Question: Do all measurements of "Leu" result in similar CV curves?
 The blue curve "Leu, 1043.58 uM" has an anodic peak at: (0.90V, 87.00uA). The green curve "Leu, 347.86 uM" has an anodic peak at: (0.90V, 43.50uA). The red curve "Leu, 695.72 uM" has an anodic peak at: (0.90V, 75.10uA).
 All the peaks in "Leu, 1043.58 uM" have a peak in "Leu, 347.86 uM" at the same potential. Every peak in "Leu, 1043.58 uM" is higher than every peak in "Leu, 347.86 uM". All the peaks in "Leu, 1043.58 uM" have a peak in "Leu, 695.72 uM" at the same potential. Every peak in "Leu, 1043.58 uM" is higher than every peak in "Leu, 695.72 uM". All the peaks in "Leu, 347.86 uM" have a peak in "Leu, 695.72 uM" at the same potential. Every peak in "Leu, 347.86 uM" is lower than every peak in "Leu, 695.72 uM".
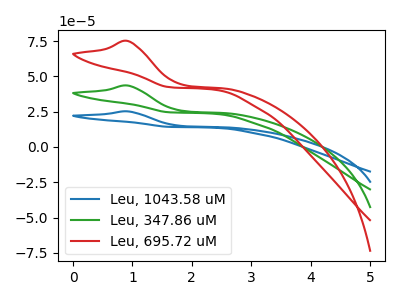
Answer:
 <answer>All the CV's of "Leu" have similar shape.</answer>
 <eval>follow_rule</eval>